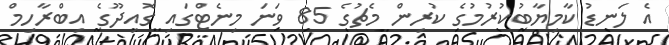
އެ ލަނޑު ކާމިޔާބުކުރުމުގެ ކުރިން މެޗުގެ 85 ވަނަ މިނެޓްގައި ގޮއިދޫގެ އިބްރާހިމް